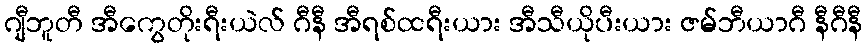
ဂျီဘူတီ အီကွေတိုးရီးယဲလ် ဂီနီ အီရစ်ထရီးယား အီသီယိုပီးယား ဇမ်ဘီယာဂီ နီဂီနီ